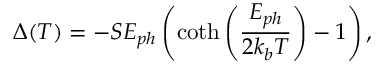
\Delta ( T ) = - S E _ { p h } \left( \mathrm { c o t h } \left( \frac { E _ { p h } } { 2 k _ { b } T } \right) - 1 \right) ,